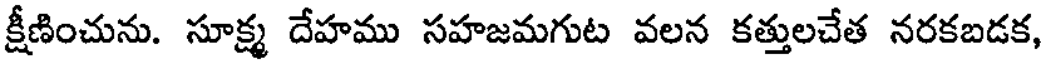
క్షీణించును. సూక్ష్మ దేహము సహజమగుట వలన కత్తులచేత నరకబడక,